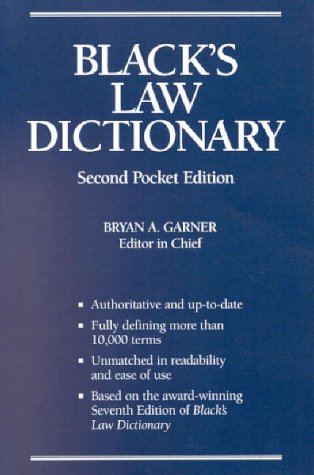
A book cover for Black's Law Dictionary, Second Pocket Edition; Bryan A. Garner; Law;